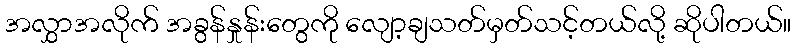
အလွှာအလိုက် အခွန်နှုန်းတွေကို လျော့ချသတ်မှတ်သင့်တယ်လို့ ဆိုပါတယ်။